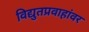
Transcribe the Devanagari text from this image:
विद्युतप्रवाहांवर